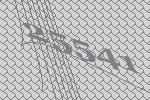
25541